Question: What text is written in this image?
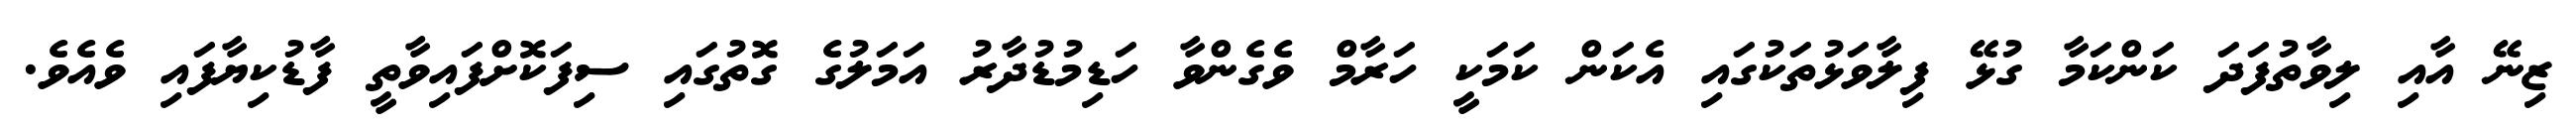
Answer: ޒިނޭ އާއި ލިވާތުފަދަ ކަންކަމާ ގުޅޭ ފިލާވަޅުތަކުގައި އެކަން ކަމަކީ ހަރާމް ވެގެންވާ ހަޑިމުޑުދާރު އަމަލުގެ ގޮތުގައި ސިފަކޮށްފައިވާތީ ފާޑުކިޔާފައި ވެއެވެ.